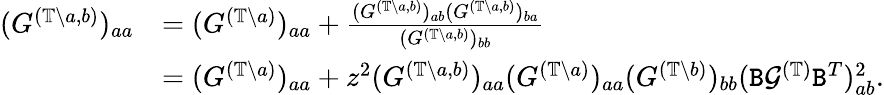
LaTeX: \begin{array}{rl}{(G^{(\mathbb{T}\backslash a,b)})_{aa}}&{=(G^{(\mathbb{T}\backslash a)})_{aa}+\frac{(G^{(\mathbb{T}\backslash a,b)})_{ab}(G^{(\mathbb{T}\backslash a,b)})_{ba}}{(G^{(\mathbb{T}\backslash a,b)})_{bb}}}\\ &{=(G^{(\mathbb{T}\backslash a)})_{aa}+z^{2}(G^{(\mathbb{T}\backslash a,b)})_{aa}(G^{(\mathbb{T}\backslash a)})_{aa}(G^{(\mathbb{T}\backslash b)})_{bb}({\texttt B}{\mathcal G}^{(\mathbb{T})}{\texttt B}^{T})_{ab}^{2}.}\end{array}